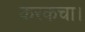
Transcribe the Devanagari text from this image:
करकचा।